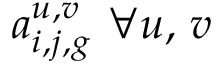
a _ { i , j , g } ^ { u , v } \ \forall u , \, v